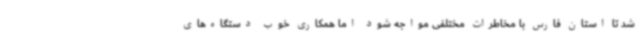
شد تا استان فارس با مخاطرات مختلفی مواجه شود اما همکاری خوب دستگاه‌های